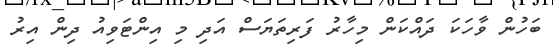
ބަހުން ވާހަކަ ދައްކަން މިހާރު ފަރިތަޔަސް އަދި މި އިންޓަވިއު ދިން އިރު